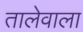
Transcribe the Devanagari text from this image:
तालेवाला